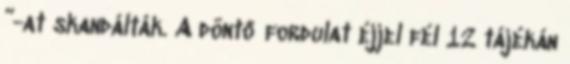
”-at skandálták. A döntő fordulat éjjel fél 12 tájékán